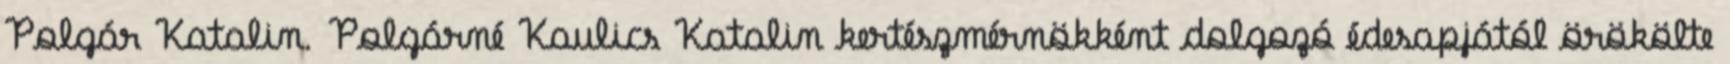
Polgár Katalin. Polgárné Kaulics Katalin kertészmérnökként dolgozó édesapjától örökölte